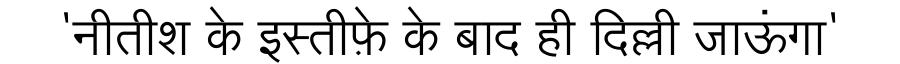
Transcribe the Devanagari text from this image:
'नीतीश के इस्तीफ़े के बाद ही दिल्ली जाऊंगा'